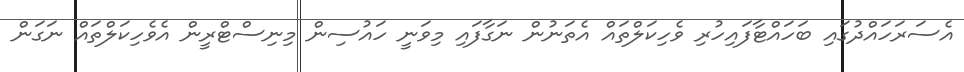
އެސަރަހައްދުގައި ބަހައްޓާފައިހުރި ވެހިކަލްތައް އެތަނުން ނަގާފައި މިވަނީ ހައުސިން މިނިސްޓްރީން އެވެހިކަލްތައް ނަގަން